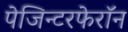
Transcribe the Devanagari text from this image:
पेजिन्टरफेरॉन